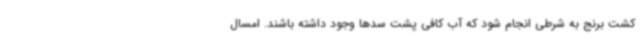
کشت برنج به شرطی انجام شود که آب کافی پشت سدها وجود داشته باشند. امسال